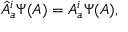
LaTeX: { \hat { A } } _ { a } ^ { i } \Psi ( A ) = A _ { a } ^ { i } \Psi ( A ) ,